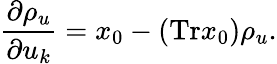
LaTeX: \frac{\partial\rho_{u}}{\partial u_{k}}=x_{0}-(\mathrm{Tr}x_{0})\rho_{u}.